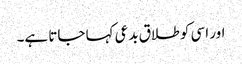
اور اسی کو طلاق بدعی کہا جاتا ہے۔